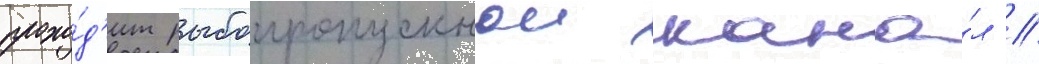
прохо́д'ит рыбопропускнои кана́л //